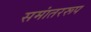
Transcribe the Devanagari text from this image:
समांतररूप